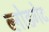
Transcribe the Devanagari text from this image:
ब्लोडगेट